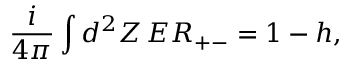
\frac { i } { 4 \pi } \int d ^ { 2 } Z \, E R _ { + - } = 1 - h ,